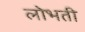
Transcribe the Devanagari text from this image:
लोभती